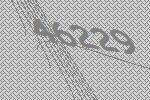
46229